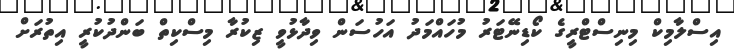
އިސްލާމިކް މިނިސްޓްރީގެ ކޯޑިނޭޓަރު މުހައްމަދު އަހުސަން ވިދާޅުވީ ޒިކުރާ މިސްކިތް ބަންދުކުރީ އިތުރަށް